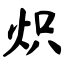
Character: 炽